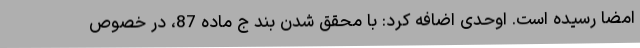
امضا رسیده است. اوحدی اضافه کرد: با محقق شدن بند ج ماده 87، در خصوص